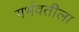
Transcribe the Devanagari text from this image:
गर्भवतीला